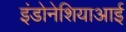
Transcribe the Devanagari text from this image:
इंडोनेशियाआई